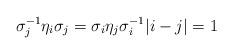
LaTeX: \begin{align*}\sigma_j^{-1}\eta_i\sigma_j = \sigma_i\eta_j\sigma_i^{-1} \vert i-j\vert =1\end{align*}